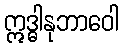
ဣဒ္ဓါနုဘာဝေါ